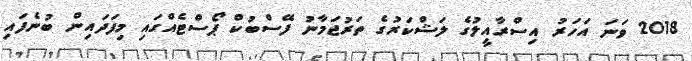
2018 ވަނަ އަހަރު އިސްރާއީލުގެ ލަޝްކަރުގެ ތަރުޖަމާނު ފޭސްބުކް ޕޯސްޓެއްގައި މިފަދައިން ބުނެފައި